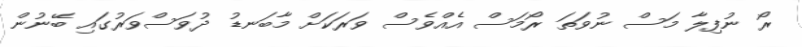
ރޯ ނުފިލާ މަސް ނުވަތަ ރޯމަސް އެއްވެސް ވަރަކަށް މާބަނޑު ދުވަސްވަރުގައި ބޭނުން